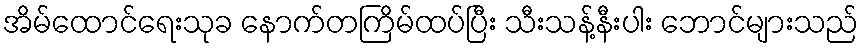
အိမ်ထောင်ရေးသုခ နောက်တကြိမ်ထပ်ပြီး သီးသန့်နီးပါး ဘောင်များသည်